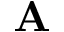
\textbf { A }